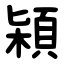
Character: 㯋